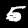
Digit: 5